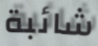
شائبة